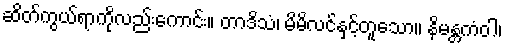
ဆိတ်ကွယ်ရာကိုလည်းကောင်း။ တာဒိသံ၊ မိမိလင်နှင့်တူသော။ နိမန္တကံဝါ၊